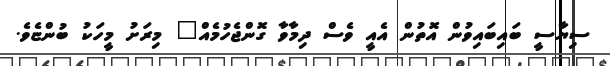
ސިޔާސީ ބައިބައިވުން އޮތުން އެއީ ވެސް ދިމާވާ ގޮންޖެހުމެއް" މިރަށު މީހަކު ބުންޏެވެ.